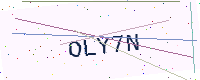
Text: OLY7N